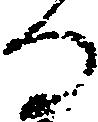
る